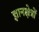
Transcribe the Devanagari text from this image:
ज्ञानक्षेत्रों